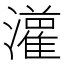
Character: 𤂦